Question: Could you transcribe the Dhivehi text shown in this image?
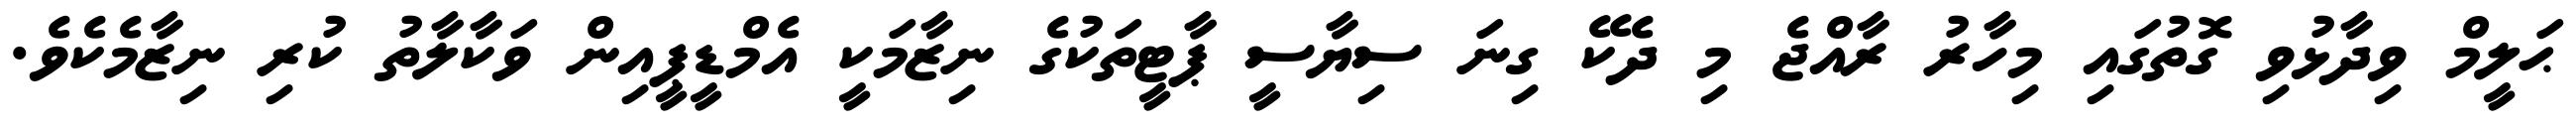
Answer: ޙަލީމް ވިދާޅުވި ގޮތުގައި މިހާރު ރާއްޖެ މި ދެކޭ ގިނަ ސިޔާސީ ޕާޓީތަކުގެ ނިޒާމަކީ އެމްޑީޕީއިން ވަކާލާތު ކުރި ނިޒާމެކެވެ.